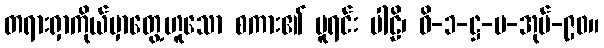
တရားရှာကိုယ်မှာတွေ့ဟူသော စကား၏ မူရင်း ပါဠိ၊ ဝိ-၁-ဋ္ဌ-ပ-အုပ်-၉၀။